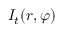
I _ { t } ( r , \varphi )